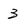
Character: 3